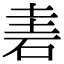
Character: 𥒐